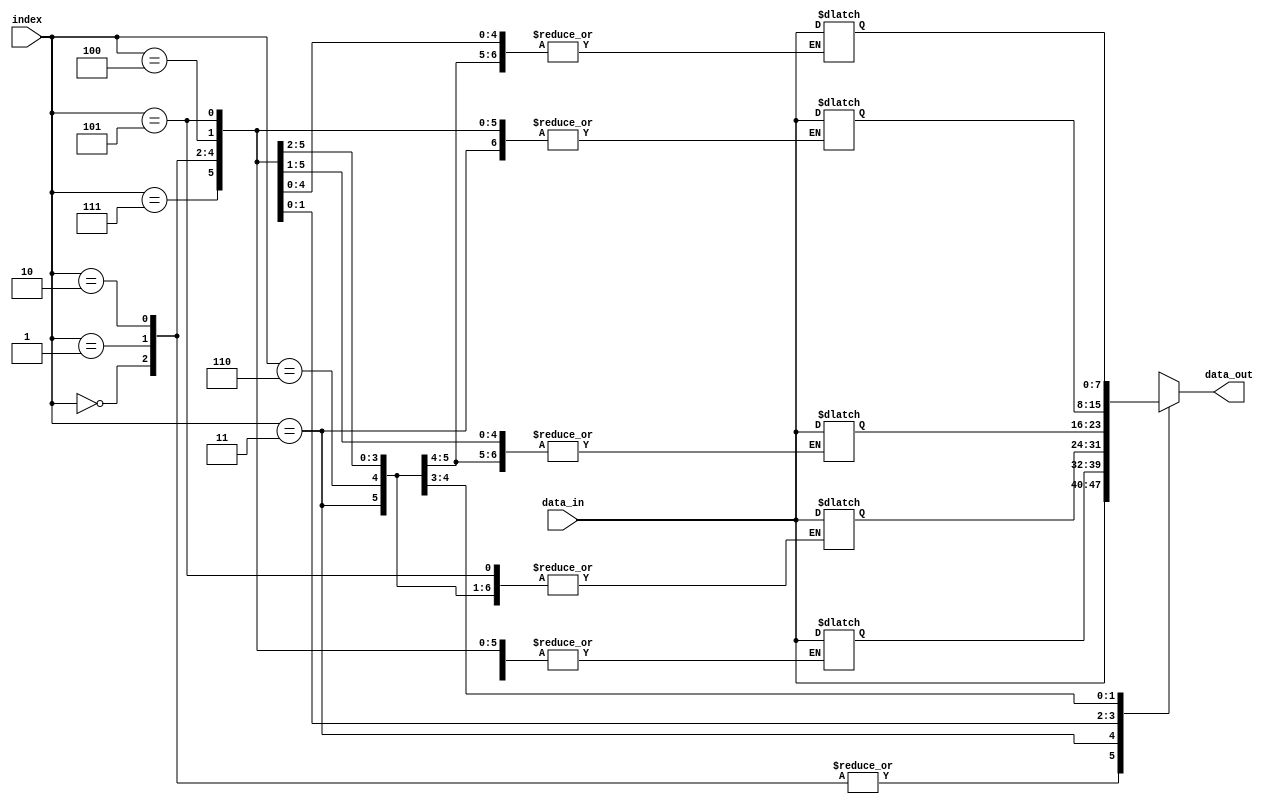
module array_continuous_assignment #(parameter SIZE = 8) (
    input wire [SIZE-1:0] data_in,  // Input signal to drive the array
    input wire [2:0] index,          // Index to select which element to update
    output wire [SIZE-1:0] data_out  // Output signal from the array
);

    // Array declaration
    reg [7:0] my_array [0:SIZE-1];  // Array of SIZE elements, each 8 bits wide

    // Continuous assignment to update array elements
    always @* begin
        // Initialize the array with some values
        my_array[0] = 8'hFF;  // Initial value for the first element
        my_array[1] = 8'hAA;  // Initial value for the second element
        my_array[2] = 8'h55;  // Initial value for the third element
        // Continue initializing as needed...
        
        // Continuous assignment based on input data
        my_array[index] = data_in;  // Assign data_in to the selected index
    end

    // Continuous assignment to output the entire array
    assign data_out = my_array[index]; // Output the value of the selected array element

endmodule